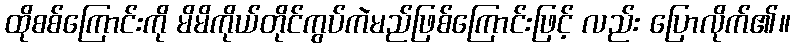
ထိုစစ်ကြောင်းကို မိမိကိုယ်တိုင်ကွပ်ကဲမည်ဖြစ်ကြောင်းဖြင့် လည်း ပြောလိုက်၏။